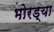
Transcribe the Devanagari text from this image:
भोरड्या